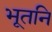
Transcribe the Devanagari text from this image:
भूतनि